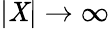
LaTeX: |\mathit{X}|\to\infty